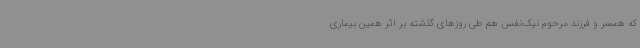
که همسر و فرزند مرحوم نیک‌نفس هم طی روزهای گذشته بر اثر همین بیماری